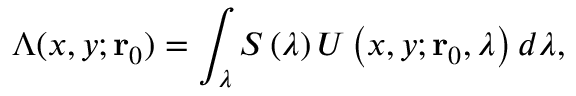
\Lambda ( x , y ; \mathbf { r } _ { 0 } ) = \int _ { \lambda } S \left( \lambda \right) U \left( x , y ; \mathbf { r } _ { 0 } , \lambda \right) d \lambda ,